Leningradi_Edasi_toimetus, lk 11
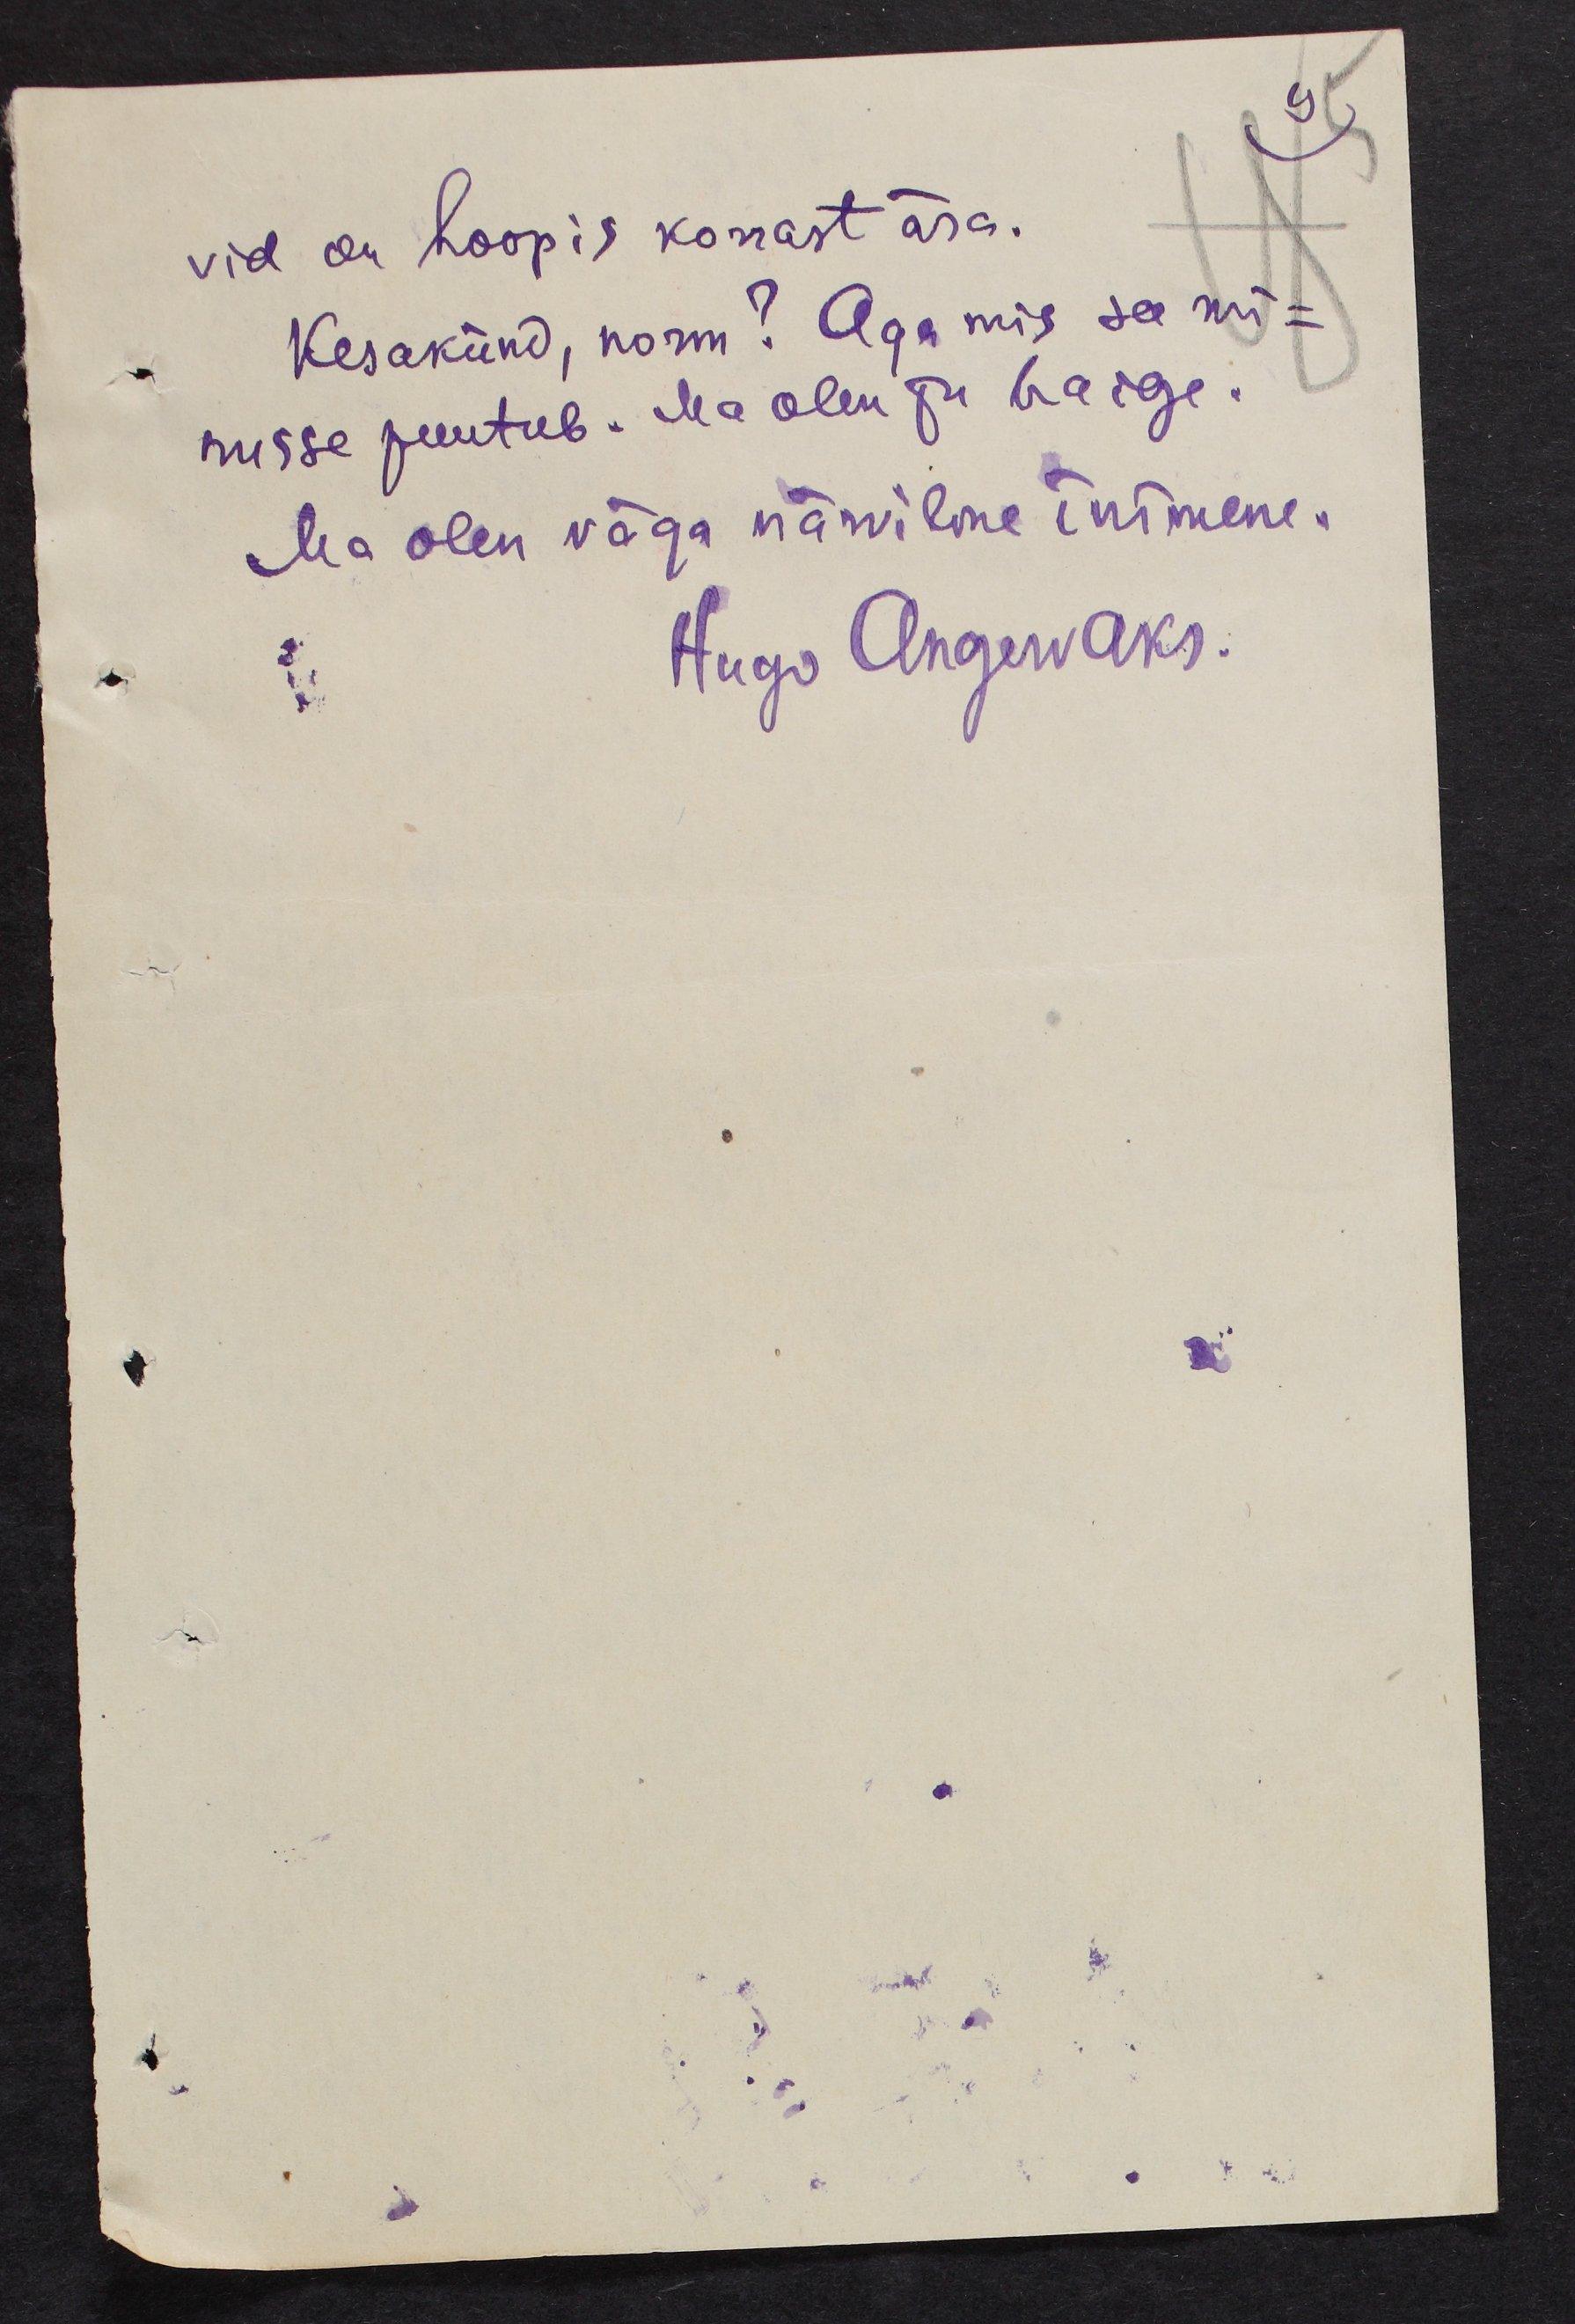
9
vid on hoopis korrast ära.
Kesakünd, norm? Aga mis see mi-
nusse puutub. Ma olen ju haige.
Ma olen väga närviline inimene.
Hugo Angervaks.